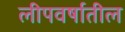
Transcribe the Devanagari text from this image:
लीपवर्षातील